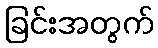
ခြင်းအတွက်